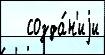
   созда́н'иjи